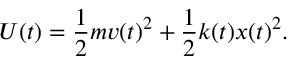
U ( t ) = \frac { 1 } { 2 } m v ( t ) ^ { 2 } + \frac { 1 } { 2 } k ( t ) x ( t ) ^ { 2 } .